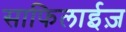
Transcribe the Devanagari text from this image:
साफिलाईज़